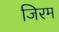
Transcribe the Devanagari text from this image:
जिरम